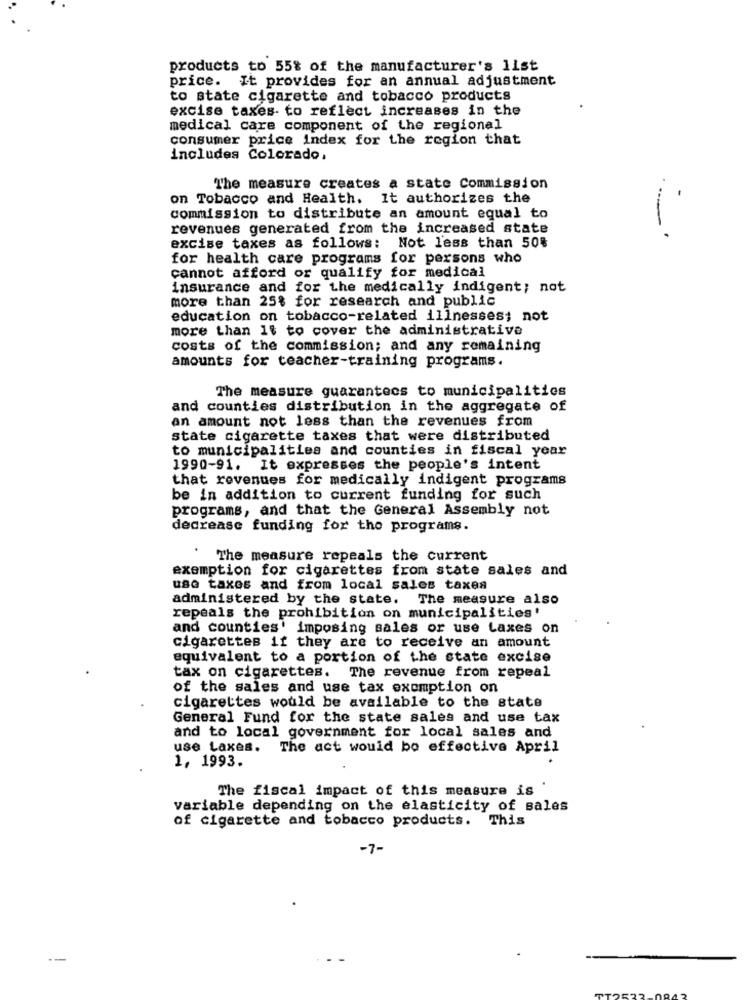
products to 55% of the manufacturer's list
price. It provides for an annual adjustment
to state cigarette and tobacco products
excise taxes to reflect increases in the
medical care component of the regional
consumer price index for the region that
includes Colorado,
The measure creates a state Commission
on Tobacco and Health. It authorizes the
commission to distribute an amount equal to
revenues generated from the increased state
excise taxes as follows: Not less than 50%
for health care programs for persons who
cannot afford or qualify for medical
insurance and for the medically indigent; not
more than 25% for research and public
education on tobacco-related illnesses; not
more than it to cover the administrative
costs of the commission; and any remaining
amounts for teacher-training programs.
The measure guarantees to municipalities
and counties distribution in the aggregate of
an amount not less than the revenues from
state cigarette taxes that were distributed
to municipalities and counties in fiscal year
1990-91. It expresses the people's intent
that revenues for medically indigent programs
be in addition to current funding for such
programs, and that the General Assembly not
decrease funding for the programs.
.
The measure repeals the current
exemption for cigarettes from state sales and
use taxes and from local sales taxes
administered by the state. The measure also
repeals the prohibition on municipalities'
and counties' imposing sales or use taxes on
cigarettes if they are to receive an amount
equivalent to a portion of the state excise
tax on cigarettes. The revenue from repeal
of the sales and use tax exemption on
cigarettes would be available to the state
General Fund for the state sales and use tax
and to local government for local sales and
use Laxes. The act would bo effective April
1, 1993.
The fiscal impact of this measure is '
variable depending on the elasticity of sales
of cigarette and tobacco products. This
-7-